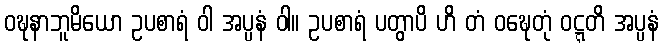
ဝဍ္ဎနာဘူမိယော ဥပစာရံ ဝါ အပ္ပနံ ဝါ။ ဥပစာရံ ပတွာပိ ဟိ တံ ဝဍ္ဎေတုံ ဝဋ္ဋတိ အပ္ပနံ